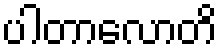
ပါတာလောတိ